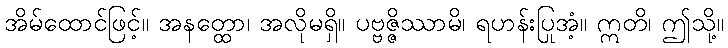
အိမ်ထောင်ဖြင့်။ အနတ္ထော၊ အလိုမရှိ။ ပဗ္ဗဇ္ဇိဿာမိ၊ ရဟန်းပြုအံ့။ ဣတိ၊ ဤသို့။